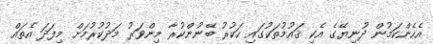
އެހެންކަމުން ދުނިޔޭގެ އެކި ޤައުމުތަކުގައި ހަކުރު ބޭނުންކުރާ މިންވަރު މަދުކުރުމަށް މިފަދަ އެތައް